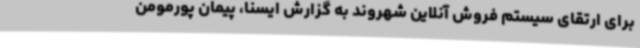
برای ارتقای سیستم فروش آنلاین شهروند به گزارش ایسنا، پیمان پورمومن